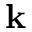
\textbf { k }